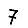
Digit: 7